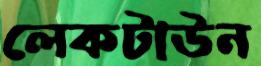
লেকটাউন